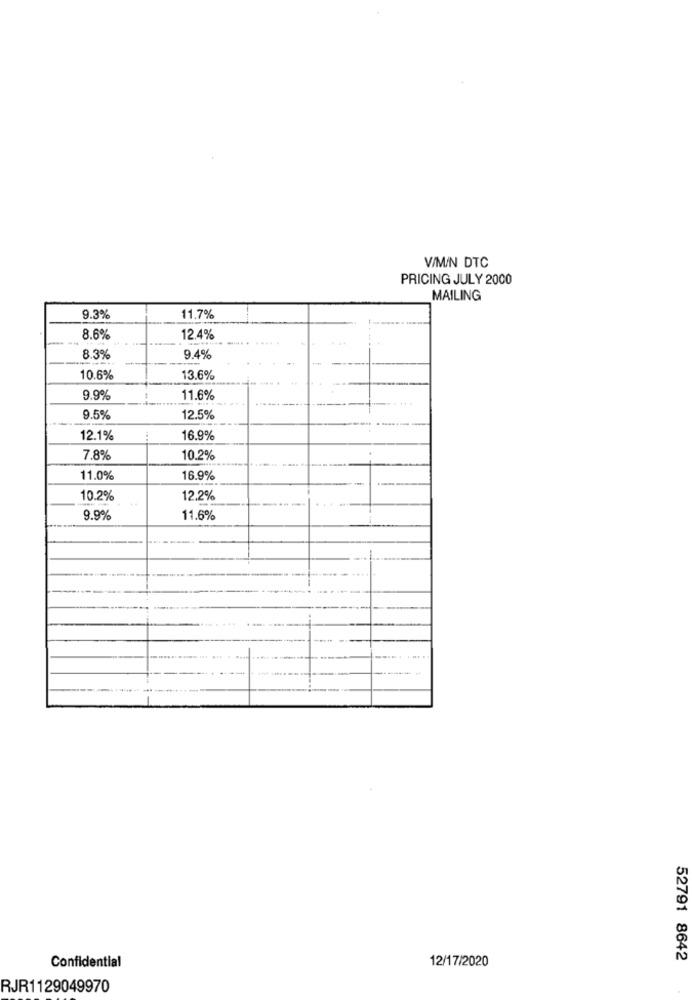
V/M/N DTC
PRICING JULY 2000
MAILING
9.3%
11,7%
8.6%
12.4%
8.3%
9.4%
10.6%
13.6%
9.9%
11.6%
9.5%
12.5%
12.1%
16.9%
7.8%
10.2%
11.0%
16.9%
---
10.2%
12.2%
9.9%
11.6%
----- -
Confidential
12/17/2020
52791 8642
RJR1129049970